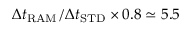
\Delta t _ { \mathrm { R A M } } / \Delta t _ { \mathrm { S T D } } \times 0 . 8 \simeq 5 . 5